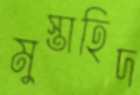
মুস্তাহিদ